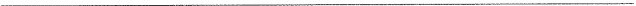
___